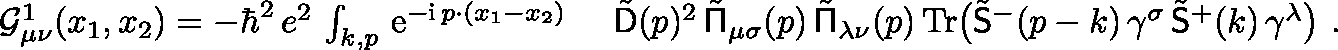
\begin{array} { r l } { \mathcal { G } _ { \mu \nu } ^ { 1 } ( x _ { 1 } , x _ { 2 } ) = - \hbar ^ { 2 } \, e ^ { 2 } \, \int _ { k , p } \, { \mathrm { e } } ^ { - { \mathrm { i } } \, p \cdot ( x _ { 1 } - x _ { 2 } ) } \ } & { \tilde { \mathsf { D } } ( p ) ^ { 2 } \, \tilde { \mathsf { \Pi } } _ { \mu \sigma } ( p ) \, \tilde { \mathsf { \Pi } } _ { \lambda \nu } ( p ) \, \mathrm { T r } \big ( \tilde { \mathsf { S } } ^ { - } ( p - k ) \, \gamma ^ { \sigma } \, \tilde { \mathsf { S } } ^ { + } ( k ) \, \gamma ^ { \lambda } \big ) \ . } \end{array}